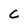
Character: C